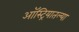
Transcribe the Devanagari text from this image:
ऑस्ट्रियातल्या